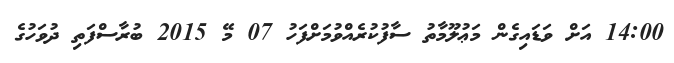
14:00 އަށް ވަޑައިގެން މަޢުލޫމާތު ސާފުކުރެއްވުމަށްފަހު 07 މޭ 2015 ބުރާސްފަތި ދުވަހުގެ